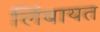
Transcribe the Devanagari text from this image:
लिंबायत